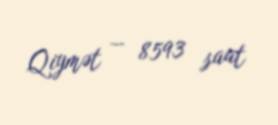
Qiymət — 8593 saat